Report of the King Institute of Preventive Medicine, Guindy
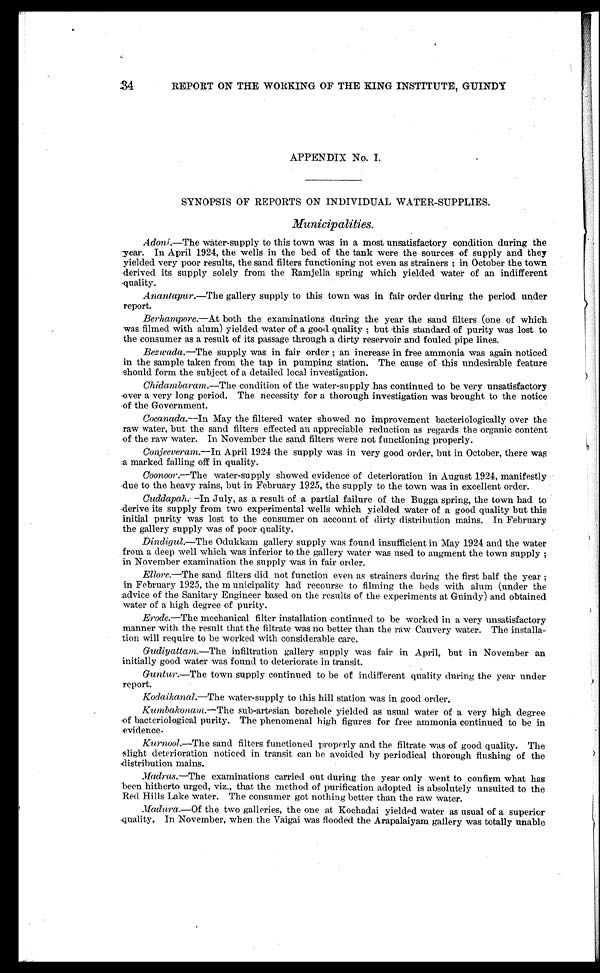
34
REPORT ON THE WORKING OF THE KING INSTITUTE, GUINDY
APPENDIX No. I.
SYNOPSIS OF REPORTS ON INDIVIDUAL WATER-SUPPLIES.
Municipalities.
Adoni .—The wåter-supply to this town was in a most unsatisfactory condition during the
year. In April 1924, the wells in the bed of the tank were the sources of supply and they
yielded very poor results, the sand filters functioning not even as strainers; in October the town
derived its supply solely from the Ramjella spring which yielded water of an indifferent
quality.
Anantapur .—The gallery supply to this town was in fair order during the period under
report.
Berhampore.—At both the examinations during the year the sand filters (one of which
was filmed with alum) yielded water of a good quality; but this standard of purity was lost to
the consumer as a result of its passage through a dirty reservoir and fouled pipe lines.
Bezwada .—The supply was in fair order; an increase in free ammonia was again noticed
in the sample taken from the tap in pumping station. The cause of this undesirable feature
should form the subject of a detailed local investigation.
Chidambaram .—The condition of the water-supply has continued to be very unsatisfactory
over a very long period. The necessity for a thorough investigation was brought to the notice
of the Government.
Cocanada .—In May the filtered water showed no improvement bacteriologically over the
raw water, but the sand filters effected an appreciable reduction as regards the organic content
of the raw water. In November the sand filters were not functioning properly.
Conjeeveram .—In April 1924 the supply was in very good order, but in October, there was
a marked falling off in quality.
Coonoor .—The water-supply showed evidence of deterioration in August 1924, manifestly
due to the heavy rains, but in February 1925, the supply to the town was in excellent order.
Cuddapah.—In July, as a result of a partial failure of the Bugga spring, the town had to
derive its supply from two experimental wells which yielded water of a good quality but this
initial purity was lost to the consumer on account of dirty distribution mains. In February
the gallery supply was of poor quality.
Dindigul .—The Odukkam gallery supply was found insufficient in May 1924 and the water
from a deep well which was inferior to the gallery water was used to augment the town supply;
in November examination the supply was in fair order.
Ellore.—The sand filters did not function even as strainers during the first half the year;
in February 1925, the municipality had recourse to filming the beds with alum (under the
advice of the Sanitary Engineer based on the results of the experiments at Guindy) and obtained
water of a high degree of purity.
Erode.—The mechanical filter installation continued to be worked in a very unsatisfactory
manner with the result that the filtrate was no better than the raw Cauvery water. The installa
-tion will require to be worked with considerable care.
Gudiyattam .—The infiltration gallery supply was fair in April, but in November an
initially good water was found to deteriorate in transit.
Guntur.—The town supply continued to be of indifferent quality during the year under
report.
Kodaikanal .—The water-supply to this hill station was in good order.
Kumbakonam .—The sub-artesian borehole yielded as usual water of a very high degree
of bacteriological purity. The phenomenal high figures for free ammonia continued to be in
evidence.
Kurnool .—The sand filters functioned properly and the filtrate was of good quality. The
slight deterioration noticed in transit can be avoided by periodical thorough flushing of the
distribution mains.
Madras .—The examinations carried out during the year only went to confirm what has
been hitherto urged, viz., that the method of purification adopted is absolutely unsuited to the
Red Hills Lake water. The consumer got nothing better than the raw water.
Madura .—Of the two galleries, the one at Kochadai yielded water as usual of a superior
quality. In November, when the Vaigai was flooded the Arapalaiyam gallery was totally unable